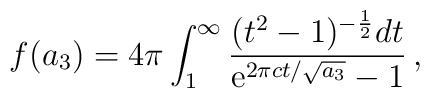
f(a_3) = 4\pi \int_1^\infty {{(t^2-1)^{-\frac{1}{2}} dt}                         \over {{\rm e}^{2\pi c t/ \sqrt{a_3}} -1}} \,,